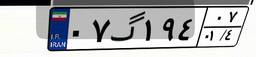
۶۴گ۱۷۲۸۳